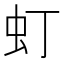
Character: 虰